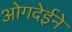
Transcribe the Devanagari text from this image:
ओगदेईने